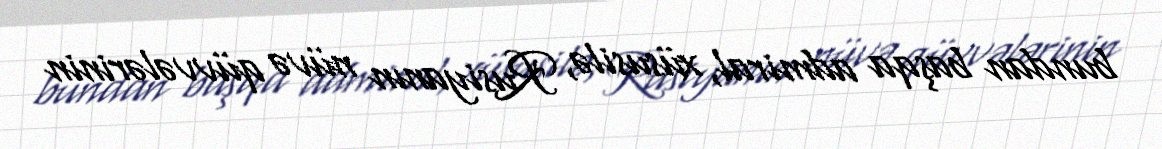
bundan başqa admiral, xüsusilə, Rusiyanın nüvə qüvvələrinin